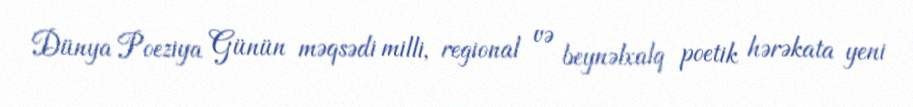
Dünya Poeziya Günün məqsədi milli, regional və beynəlxalq poetik hərəkata yeni